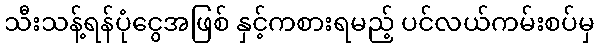
သီးသန့်ရန်ပုံငွေအဖြစ် နှင့်ကစားရမည့် ပင်လယ်ကမ်းစပ်မှ